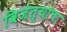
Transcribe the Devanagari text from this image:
विजेत्याचा